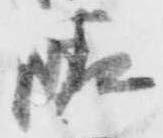
晴